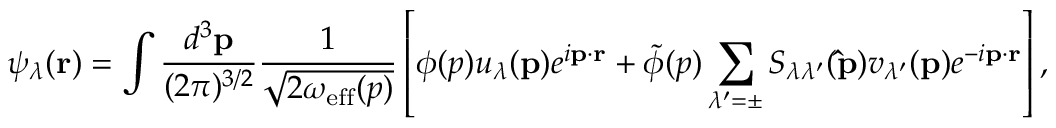
\psi _ { \lambda } ( { \bf r } ) = \int { \frac { d ^ { 3 } { \bf p } } { ( 2 \pi ) ^ { 3 / 2 } } } { \frac { 1 } { \sqrt { 2 \omega _ { \mathrm { e f f } } ( p ) } } } \left[ \phi ( p ) u _ { \lambda } ( { \bf p } ) e ^ { i { \bf p } \cdot { \bf r } } + \widetilde \phi ( p ) \sum _ { \lambda ^ { \prime } = \pm } S _ { \lambda \lambda ^ { \prime } } ( { \bf \hat { p } } ) v _ { \lambda ^ { \prime } } ( { \bf p } ) e ^ { - i { \bf p } \cdot { \bf r } } \right] ,